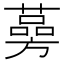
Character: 𦾊